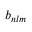
b _ { n l m }